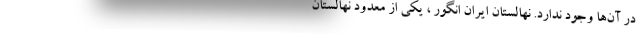
در آن‌ها وجود ندارد. نهالستان ایران انگور ، یکی از معدود نهالستان